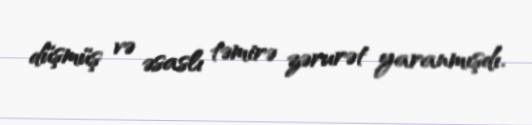
düşmüş və əsaslı təmirə zərurət yaranmışdı.